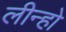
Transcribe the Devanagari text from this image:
लीन्हो